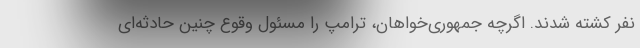
نفر کشته شدند. اگرچه جمهوری‌خواهان، ترامپ را مسئول وقوع چنین حادثه‌ای